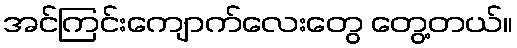
အင်ကြင်းကျောက်လေးတွေ တွေ့တယ်။